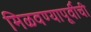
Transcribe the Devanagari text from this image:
मिळवण्यापूर्वीची